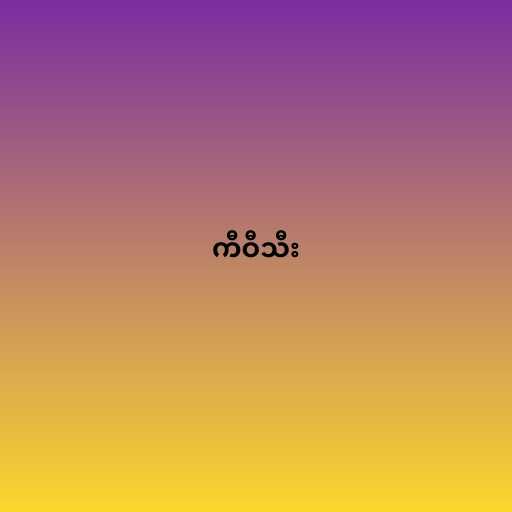
ကီဝီသီး